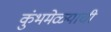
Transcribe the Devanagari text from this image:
कुंभमेळ्याची